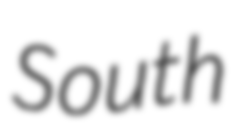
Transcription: South